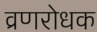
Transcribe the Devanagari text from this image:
व्रणरोधक